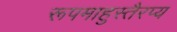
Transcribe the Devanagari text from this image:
रूपमाहुस्तैरप्य